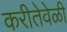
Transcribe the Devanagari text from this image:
करीतेवेळी